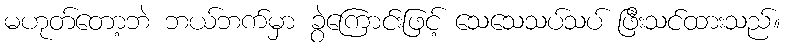
မဟုတ်တော့ဘဲ ဘယ်ဘက်မှာ ခွဲကြောင်းဖြင့် သေသေသပ်သပ် ဖြီးသင်ထားသည်။